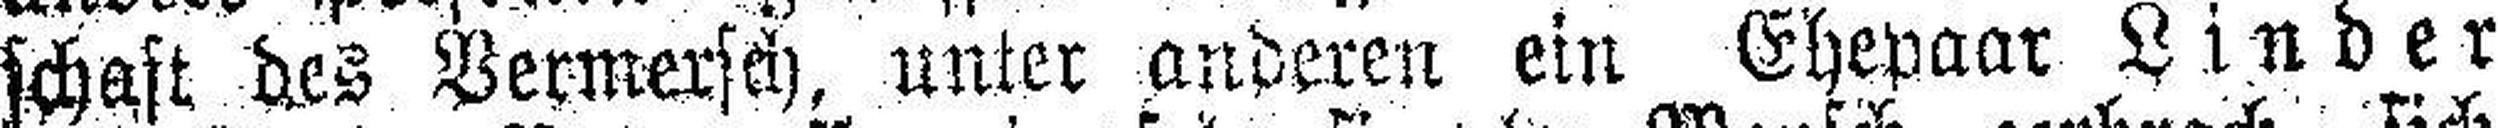
schaft des Vermersch, unter anderen ein Ehepaar Linder